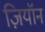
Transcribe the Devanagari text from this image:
ज़ियॉन